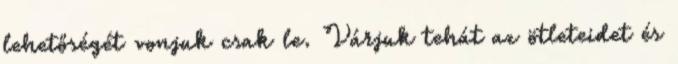
lehetőségét vonjuk csak le. Várjuk tehát az ötleteidet és